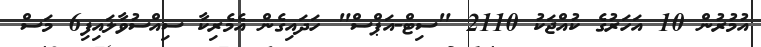
އުމުރުން 10 އަހަރުގެ ކުއްޖަކު 2110 "ސިޓް-އަޕްސް" ހަދައިގެން އެމެރިކާ ސިއްސުވާލައިފި6 މަސް